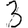
Digit: 3